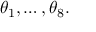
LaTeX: \theta _ { 1 } , \dots , \theta _ { 8 } .